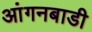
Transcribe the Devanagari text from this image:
आंगनबाडी